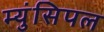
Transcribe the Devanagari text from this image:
म्युंसिपल